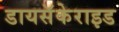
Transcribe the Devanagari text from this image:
डायसॅकेराइड